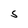
Character: S